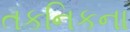
તકનિકના